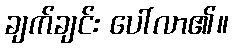
ချက်ချင်း ပေါ်လာ၏။